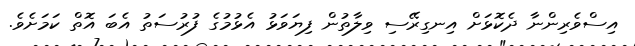
އިސްވެރިންނާ ދެކޮޅަށް އިނގިރޭސި ވިލާތުން ފިޔަވަޅު އެޅުމުގެ ފުރުސަތު އެބަ އޮތް ކަމަށެވެ.